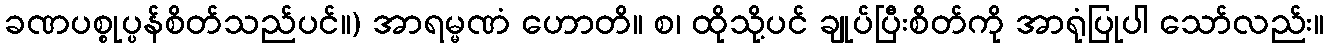
ခဏပစ္စုပ္ပန်စိတ်သည်ပင်။) အာရမ္မဏံ ဟောတိ။ စ၊ ထိုသို့ပင် ချုပ်ပြီးစိတ်ကို အာရုံပြုပါ သော်လည်း။